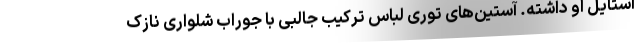
استایل او داشته. آستین‌های توری لباس ترکیب جالبی با جوراب شلواری نازک